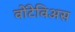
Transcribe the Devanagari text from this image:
वोंटेविअस